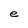
Character: e